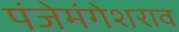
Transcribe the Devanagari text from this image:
पंजेमंगेशराव